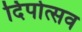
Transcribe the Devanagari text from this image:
दिपोत्सव